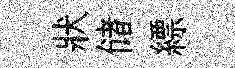
狀储縹